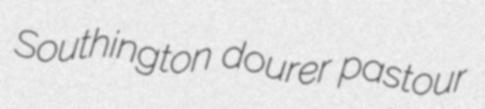
Southington dourer pastour